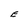
Character: E